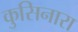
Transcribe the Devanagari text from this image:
कुसिनारा